Indian journal of veterinary science and animal husbandry - Volume 9,
Year: 1939
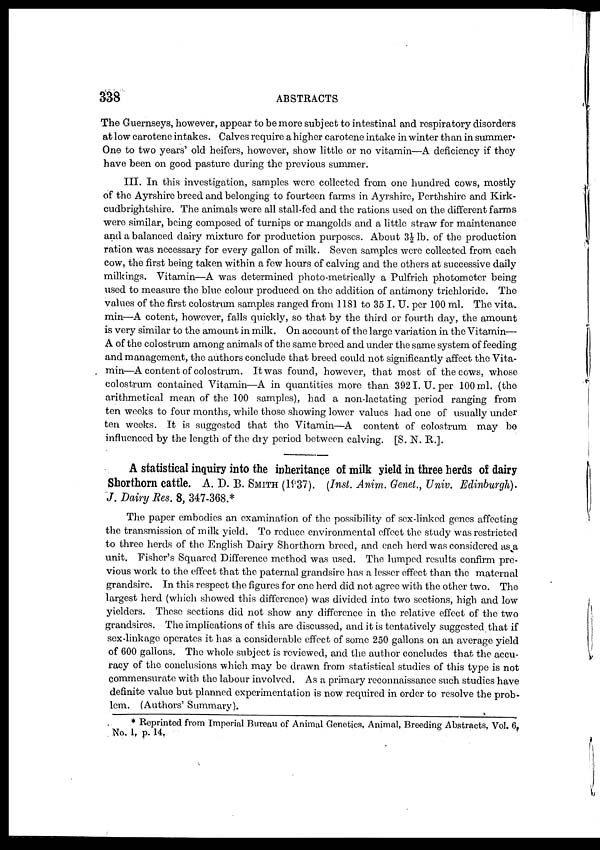
338
ABSTRACTS
The Guernseys, however, appear to be more subject to intestinal and respiratory disorders
at low carotene intakes. Calves require a higher carotene intake in winter than in summer-
One to two years' old heifers, however, show little or no vitamin—A deficiency if they
have been on good pasture during the previous summer.
III. In this investigation, samples were collected from one hundred cows, mostly
of the Ayrshire breed and belonging to fourteen farms in Ayrshire, Perthshire and Kirk-
cudbrightshire. The animals were all stall-fed and the rations used on the different farms
were similar, being composed of turnips or mangolds and a little straw for maintenance
and a balanced dairy mixture for production purposes. About 3½ lb. of the production
ration was necessary for every gallon of milk. Seven samples were collected from each
cow, the first being taken within a few hours of calving and the others at successive daily
milkings. Vitamin—A was determined photo-metrically a Pulfrich photometer being
used to measure the blue colour produced on the addition of antimony trichloride. The
values of the first colostrum samples ranged from 1181 to 35 I. U. per 100 ml. The vita-
min—A cotent, however, falls quickly, so that by the third or fourth day, the amount
is very similar to the amount in milk. On account of the large variation in the Vitamin—
A of the colostrum among animals of the same breed and under the same system of feeding
and management, the authors conclude that breed could not significantly affect the Vita-
min—A content of colostrum. It was found, however, that most of the cows, whose
colostrum contained Vitamin—A in quantities more than 392 I. U. per 100 ml. (the
arithmetical mean of the 100 samples), had a non-lactating period ranging from
ten weeks to four months, while those showing lower values had one of usually under
ten weeks. It is suggested that the Vitamin—A content of colostrum may be
influenced by the length of the dry period between calving. [S. N. R.].
A statistical inquiry into the inheritance of milk yield in three herds of dairy
Shorthorn cattle. A. D. B. SMITH (1937). (Inst. Anim. Genet., Univ. Edinburgh).
J. Dairy Res. 8, 347-368.*
The paper embodies an examination of the possibility of sex-linked genes affecting
the transmission of milk yield. To reduce environmental effect the study was restricted
to three herds of the English Dairy Shorthorn breed, and each herd was considered as a
unit. Fisher's Squared Difference method was used. The lumped results confirm pre-
vious work to the effect that the paternal grandsire has a lesser effect than the maternal
grandsire. In this respect the figures for one herd did not agree with the other two. The
largest herd (which showed this difference) was divided into two sections, high and low
yielders. These sections did not show any difference in the relative effect of the two
grandsires. The implications of this are discussed, and it is tentatively suggested that if
sex-linkage operates it has a considerable effect of some 250 gallons on an average yield
of 600 gallons. The whole subject is reviewed, and the author concludes that the accu-
racy of the conclusions which may be drawn from statistical studies of this type is not
commensurate with the labour involved. As a primary reconnaissance such studies have
definite value but planned experimentation is now required in order to resolve the prob-
lem. (Authors' Summary).
* Reprinted from Imperial Bureau of Animal Genetics, Animal, Breeding Abstracts, Vol. 6,
No. 1, p. 14.